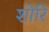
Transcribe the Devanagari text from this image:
शोरि